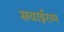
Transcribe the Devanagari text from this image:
सवाईराम